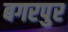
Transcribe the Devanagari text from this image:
बगरपुर